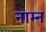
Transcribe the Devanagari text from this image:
नाम्न